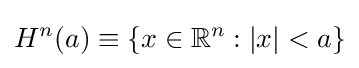
H^{n}(a)\equiv \left\{x\in \mathbb {R} ^{n}:|x|<a\right\}